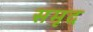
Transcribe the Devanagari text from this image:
समृद